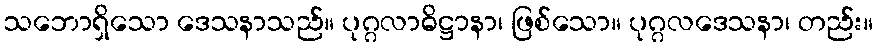
သဘောရှိသော ဒေသနာသည်။ ပုဂ္ဂလာဓိဋ္ဌာနာ၊ ဖြစ်သော။ ပုဂ္ဂလဒေသနာ၊ တည်း။